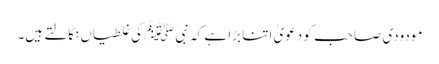
مودودی صاحب کو دعویٰ اتنا بڑا ہے کہ نبیﷺ کی غلطیاں نکالتے ہیں۔